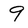
Character: 9